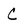
Character: C